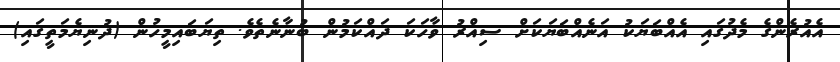
އެއުރެންގެ މެދުގައި އެއްބަޔަކު އަނެއްބަޔަކަށް ސިއްރު ވާހަކަ ދައްކަމުން ބުނާނެތެވެ. ތިޔަބައިމީހުން (ދުނިޔެމަތީގައި)